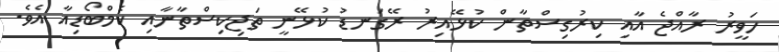
ހަވީރު ރާއްޖެ އާއި ކިރުގިސްތާން ކުޅޭއިރު ރޭގަނޑު ކުޅޭނީ ތަޖިކިސްތާނާއި ކެމްބޯޑިއާ އެވެ.